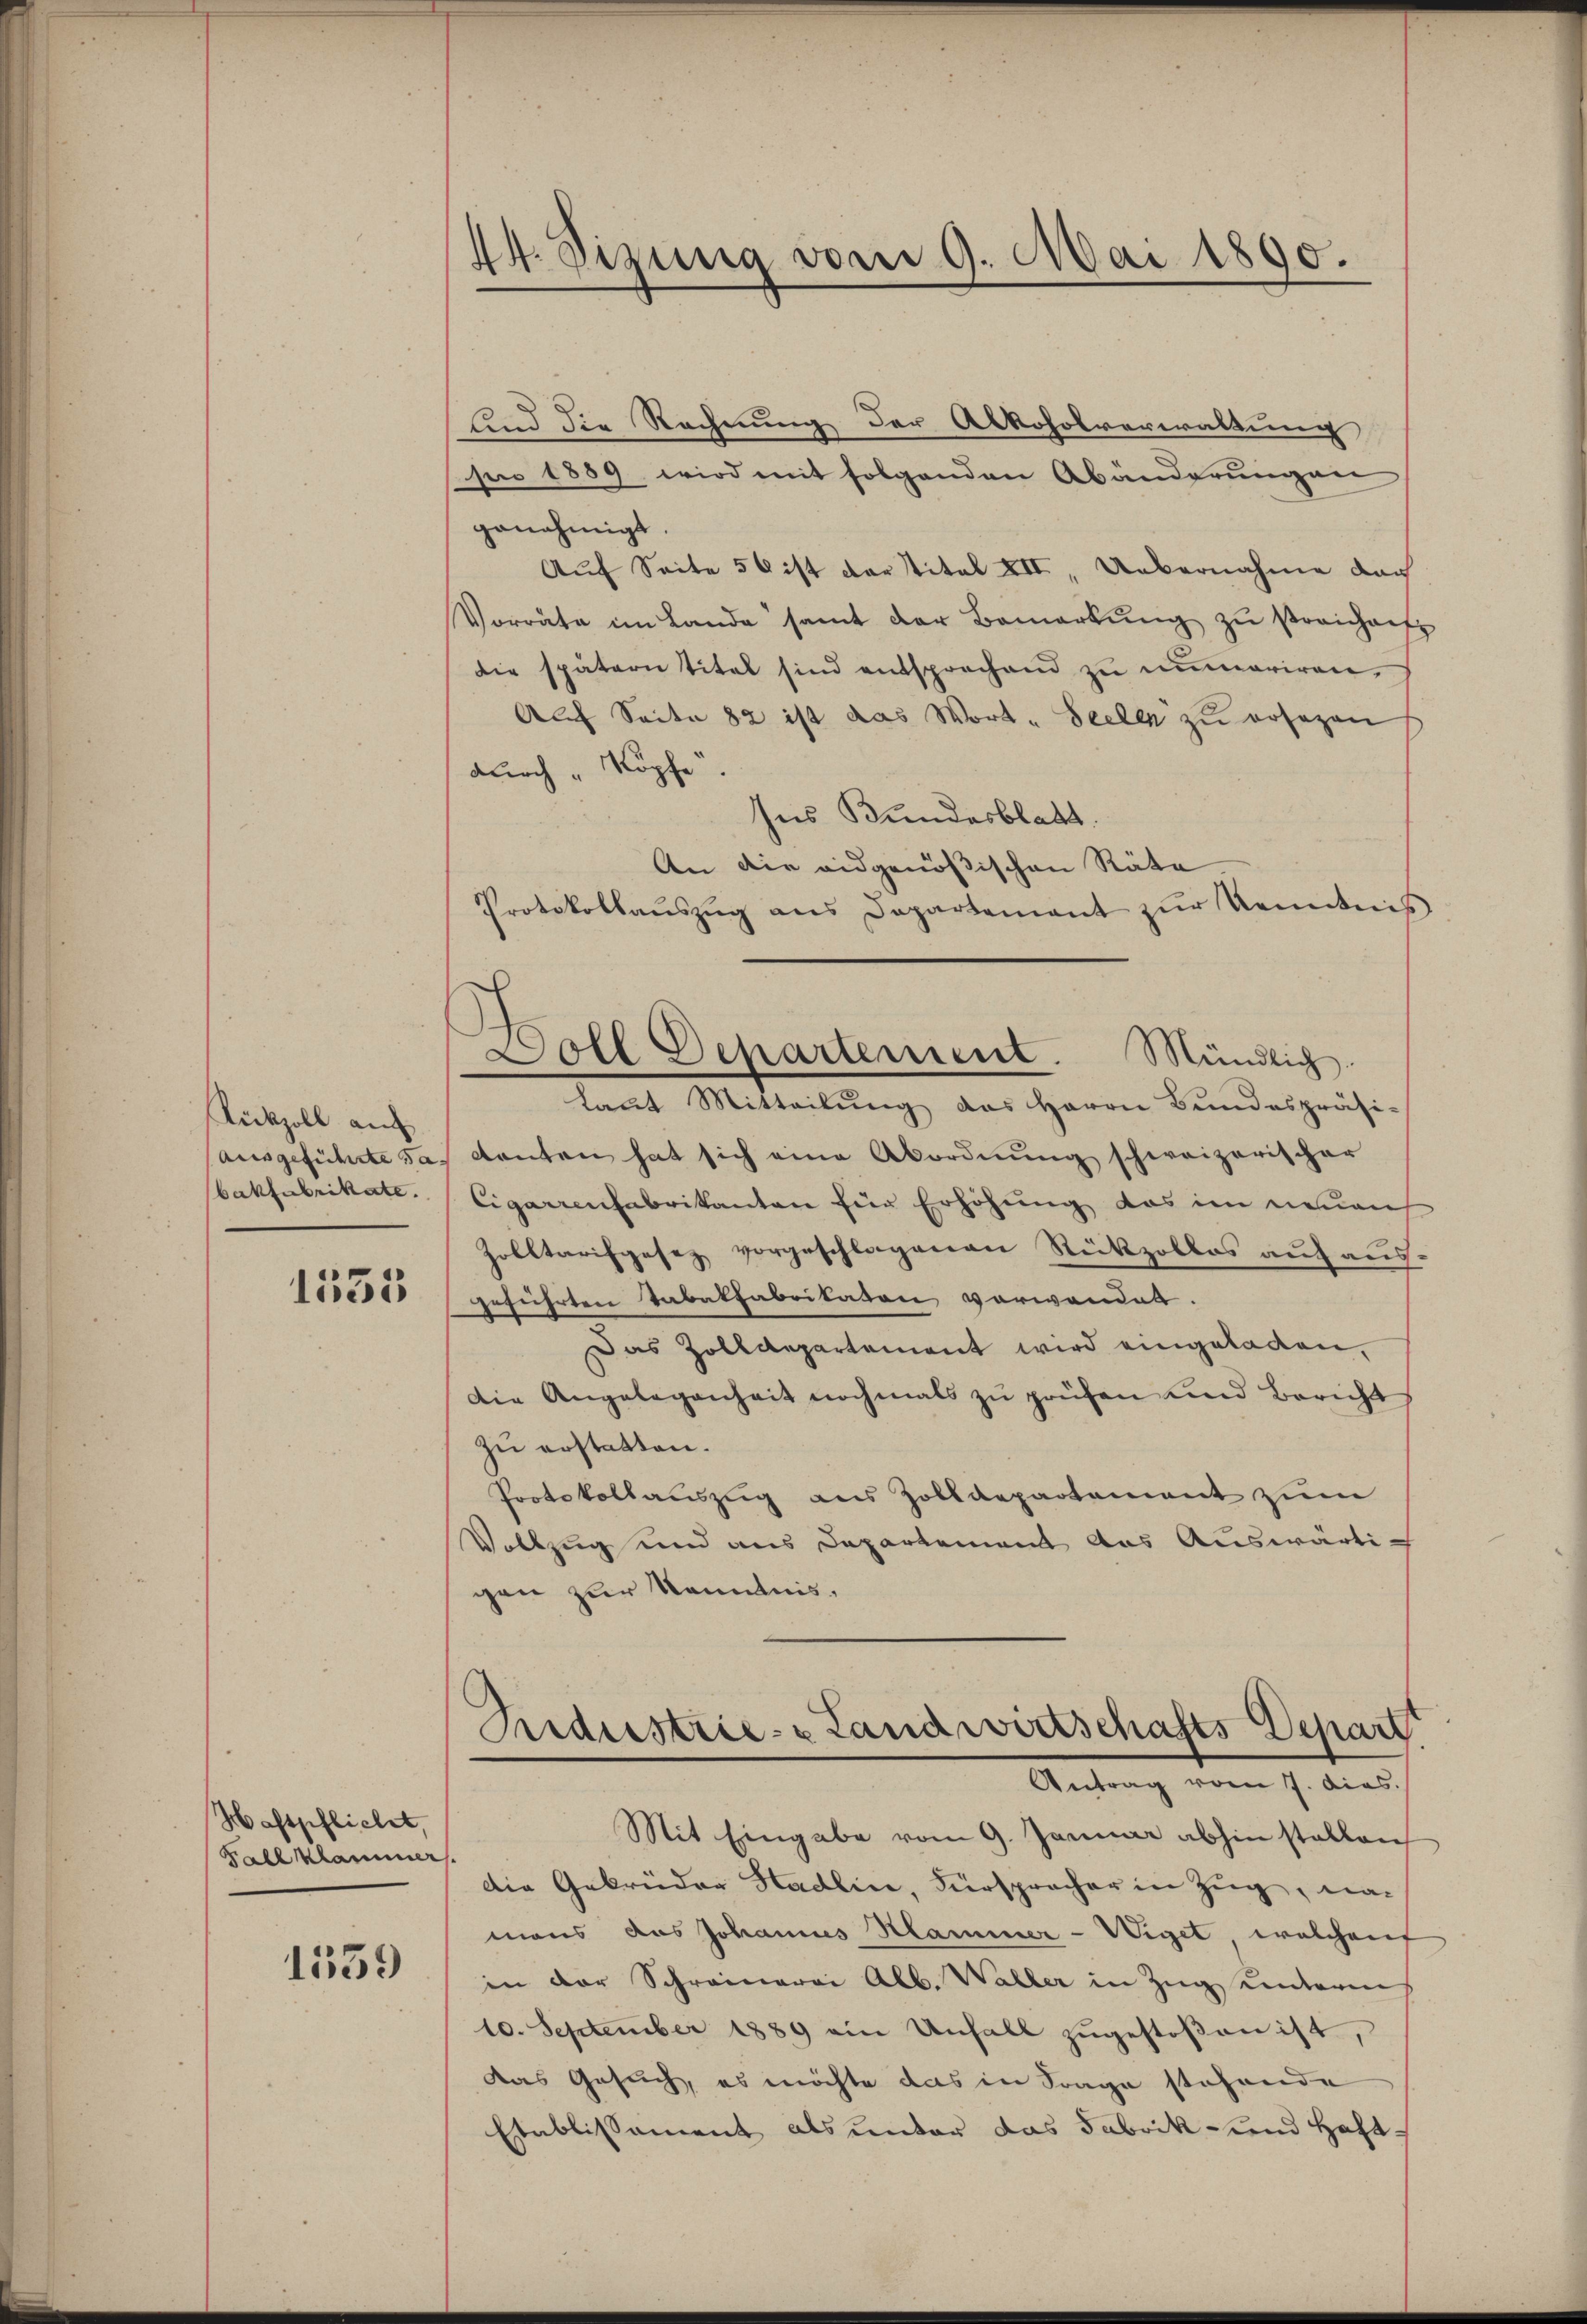
Rückzoll auf
bakfabrikate.

1555

Haftpflichet,
Fall Klammer

1539

44. Sizung vom 9. Mai 1890.

lind die Rechnung der Alkoholverwaltung
hin 1889 wird mit folgenden Abänderŭngen
genehmigt.
Auf Seite 50 ist der Titel XII, Uebernahme dar
Vorräte im Lande samt der Bemerkŭng zŭ streicharf
die spätern Titel sind entsprechend zŭ numeriren,
Auf Seite 82 ist das Wort - Seelen zu ersezen
durch „Köpfe.
ses Bundesblatt.
An die eidgenößischen Räte
Protokollaŭszŭg ans Departement zŭr Kenntnis
Soll Departement. Mündlich.
laut Mitteilung des Herrn Bundespräsi-
ausgeführte das kanten hat sich eine Abordnung schweizerischer
Cigarrenfabrikanton für Erhöhung das im neuen
Zolltarifgesez vorgeschlagenen Rückzollos auf ausgeführten Tabelfabrikaten vorwanden.
Das Zolldepartement wird eingeladen,
Die Angelegenheit nochmals zŭ prüfen und Bericht
zu erstatten.
Protokollauszug aus Zolldepartement zum
Vollzug und aus Departement das Auswärtigen zur Kenntnis,

Iniderstrie- & Landwirtschafts Depart
Antrag vom 7. Dias.

Mit Eingabe vom 9. Januar abhin stellen
Die Gebrüder Stadlin, Fürspracher in Zug, namans das Johannes Hammer-Wiget welchen
in der Schreinerei Alb. Waller in Zug unterm
10. September 1889 ein Unfall zugestoßen ist,
das Gesuch, es möchte das in Frage stehende
Etablissement als unter das Fabrik- und Haft¬